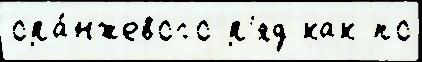
ора́нжевого р'яд как по